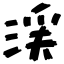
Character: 渓